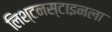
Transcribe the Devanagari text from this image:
लिश्टनस्टाइनला